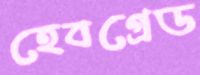
হেবগ্রেড